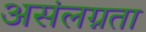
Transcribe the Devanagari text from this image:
असंलग्नता